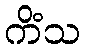
ကိံသ